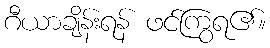
ဂီယာချိန်းရန် ဖင်ကြွရ၏။